65_HS1-834228961_62-HQ-83894_Section_6
Agency: FBI
Page 214
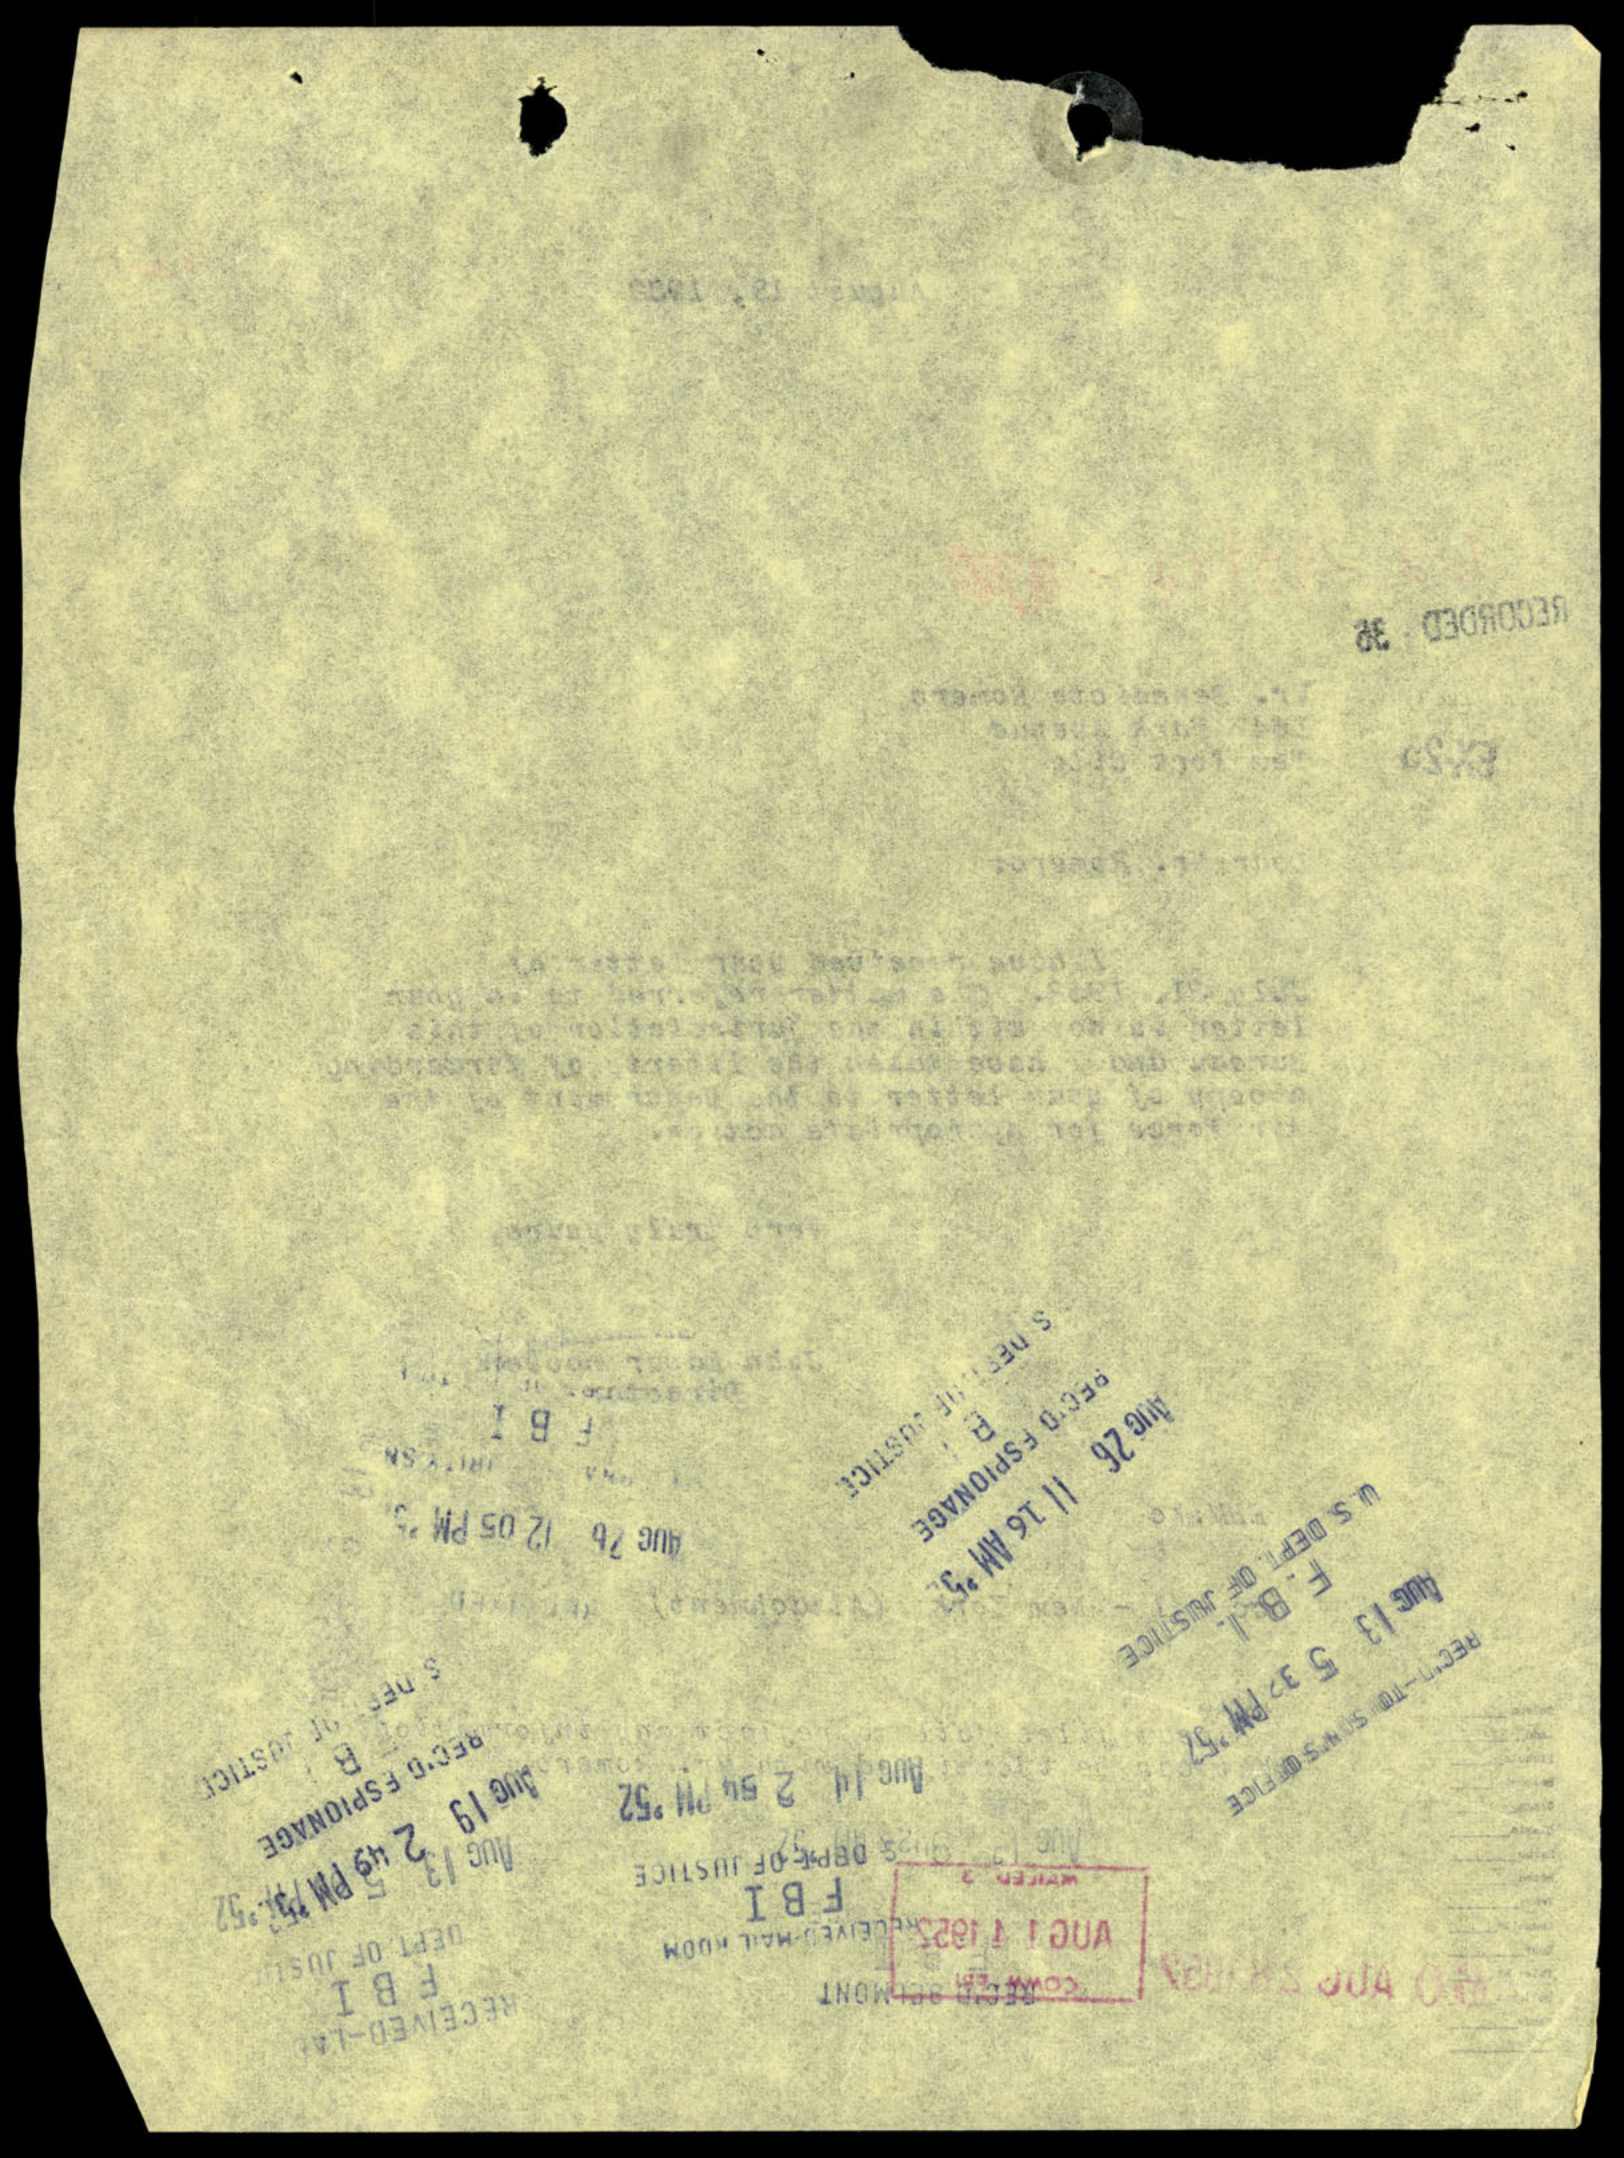